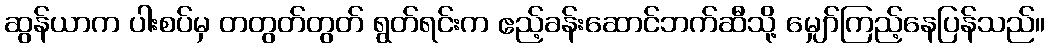
ဆွန်ယာက ပါးစပ်မှ တတွတ်တွတ် ရွတ်ရင်းက ဧည့်ခန်းဆောင်ဘက်ဆီသို့ မျှော်ကြည့်နေပြန်သည်။